Report on vaccination in Madras 1904-1921 - 1904-1921
Year: 1904
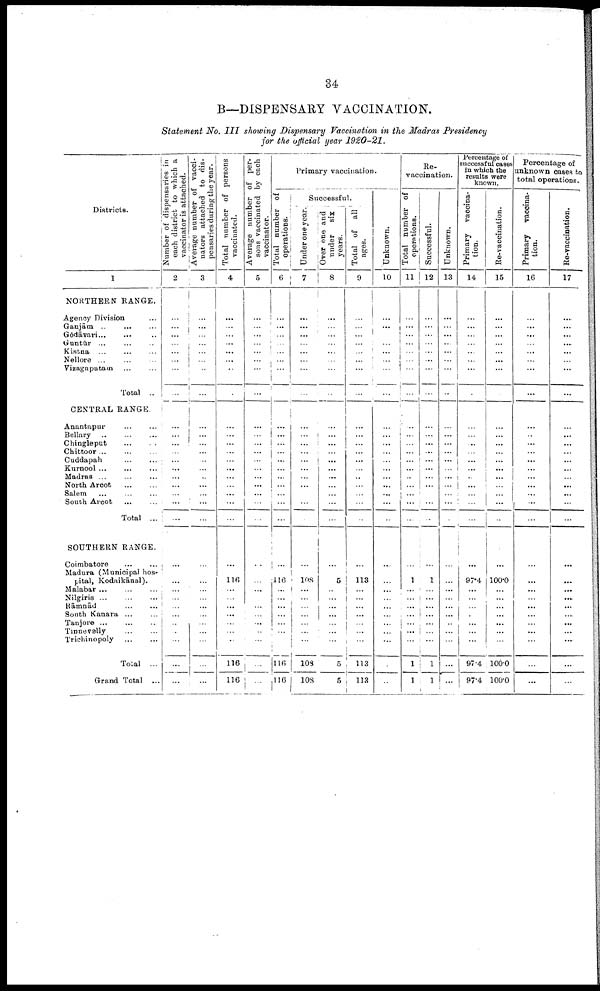
34
B—DISPENSARY VACCINATION.
Statement No. III showing Dispensary Vaccination in the Madras Presidency
for the official year 1920-21.
Districts.
1
NORTHERN RANGE.
Agency Division ...
Ganjām ... ... ...
Gōdāvari ... ... ...
Guntūr
...
...
...
Kistaa ... ... ...
Nellore ... ... ...
Vizagapatam ... ... ...
Total ...
CENTRAL RANGE.
Anantapur ... ...
Bellary
...
...
...
Chingleput
...
...
Chittoor ... ... ...
Cuddapah
...
...
Kurnool
...
...
...
Madras ... ... ...
North Arcot
...
...
Salem
...
...
...
South Arcot ... ...
Total ...
SOUTHERN RANGE.
Coimbatore ... ...
Madura (Municipal hos
pital, Kodaikānal).
Malabar ... ... ...
Nilgiris
...
...
...
Rāmnād ... ... ...
South Kanara ... ...
Tanjore
...
...
...
Tinnevelly
...
...
Trichinopoly
...
...
Total ...
Grand Total ...
Number of dispensaries in
each district to which a
vaccinator is attached.
2
...
...
...
...
...
...
...
...
...
...
...
...
...
...
...
...
...
...
...
...
...
...
...
...
...
...
...
...
...
...
Average number of vacci
nators attached to dis
pensaries during the year.
3
...
...
...
...
...
...
...
...
...
...
...
...
...
...
...
...
...
...
...
...
...
...
...
...
...
...
...
...
...
...
Total number of persons
vaccinated.
4
...
...
...
...
...
...
...
...
...
...
...
...
...
...
...
...
...
...
...
...
116
...
...
...
...
...
...
...
116
116
Average number of per
sons vaccinated by each
vaccinator.
5
...
...
...
...
...
...
...
...
...
...
...
...
...
...
...
...
...
...
...
...
...
...
...
...
...
...
...
...
...
...
Primary vaccination.
Total number of
operations.
6
...
...
...
...
...
...
...
...
...
...
...
...
...
...
...
...
...
...
...
...
116
...
...
...
...
...
...
...
116
116
Successful.
Under one year.
7
...
...
...
...
...
...
...
...
...
...
...
...
...
...
...
...
...
...
...
...
108
...
...
...
...
...
...
...
108
108
Over one and
under
six
years.
8
...
...
...
...
...
...
...
...
...
...
...
...
...
...
...
...
...
...
...
...
5
...
...
...
...
...
...
...
5
5
Total of all
ages.
9
...
...
...
...
...
...
...
...
...
...
...
...
...
...
...
...
...
...
...
...
113
...
...
...
...
...
...
...
113
113
Unknown.
10
...
...
...
...
...
...
...
...
...
...
...
...
...
...
...
...
...
...
...
...
...
...
...
...
...
...
...
...
...
...
Re-
vaccination.
Total number of
operations.
11
...
...
...
...
...
...
...
...
...
...
...
...
...
...
...
...
...
...
...
...
1
...
...
...
...
...
...
...
1
1
Successful.
12
...
...
...
...
...
...
...
...
...
...
...
...
...
...
...
...
...
...
...
...
1
...
...
...
...
...
...
...
1
1
Unknown.
13
...
...
...
...
...
...
...
...
...
...
...
...
...
...
...
...
...
...
...
...
...
...
...
...
...
...
...
...
...
...
Percentage of
successful cases
in which the
results were
known.
Primary vaccina
tion.
14
...
...
...
...
...
...
...
...
...
...
...
...
...
...
...
...
...
...
...
...
97.4
...
...
...
...
...
...
...
97.4
97.4
Re-vaccination.
15
...
...
...
...
...
...
...
...
...
...
...
...
...
...
...
...
...
...
...
...
100.0
...
...
...
...
...
...
...
100.0
100.0
Percentage of
unknown cases to
total operations.
Primary vaccina-
tion.
16
...
...
...
...
...
...
...
...
...
...
...
...
...
...
...
...
...
...
...
...
...
...
...
...
...
...
...
...
...
...
Re-vaccination.
17
...
...
...
...
...
...
...
...
...
...
...
...
...
...
...
...
...
...
...
...
...
...
...
...
...
...
...
...
...
...